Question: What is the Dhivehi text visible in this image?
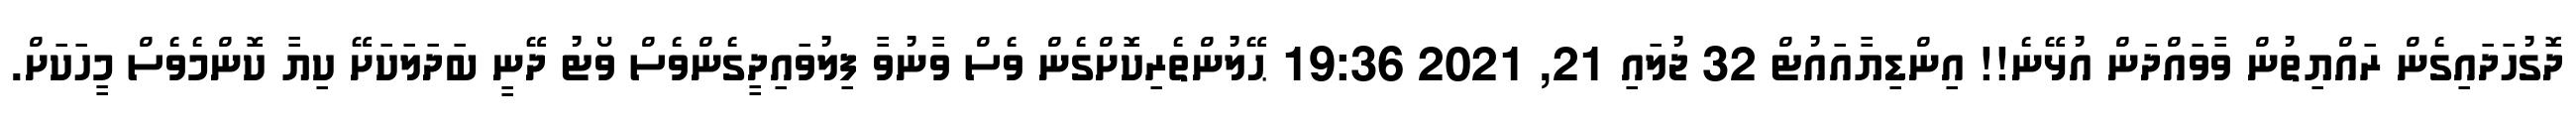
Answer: ދޮގުހަދައިގެން ރައްޔިތުން ވާވައްދަން އުޅޭނެ!! އިންޑިޔާއައުޓް 32 ޖުލައި 21, 2021 19:36 ޙޭލުންތެރިކޮށްގެން ވެސް ވާނުވާ ފިލުވައިދީގެންވެސް ވޯޓު ދޭނީ ބަދަލަކަށޭ ކިޔާ ކޮންމެވެސް މީހަކަށް.